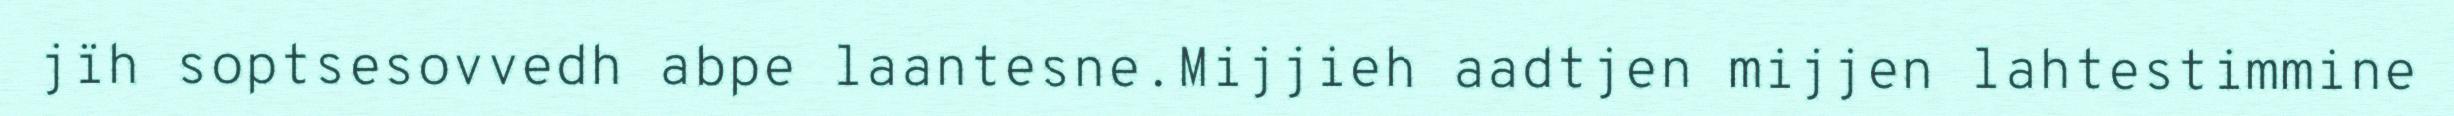
jïh soptsesovvedh abpe laantesne.Mijjieh aadtjen mijjen lahtestimmine